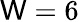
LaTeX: \mathsf{W}=6